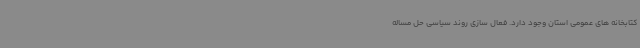
کتابخانه های عمومی استان وجود دارد. فعال سازی روند سیاسی حل مساله